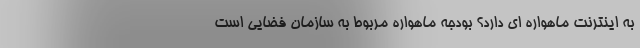
به اینترنت ماهواره ای دارد؟ بودجه ماهواره مربوط به سازمان فضایی است